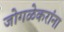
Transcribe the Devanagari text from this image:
जोगळेकरांना